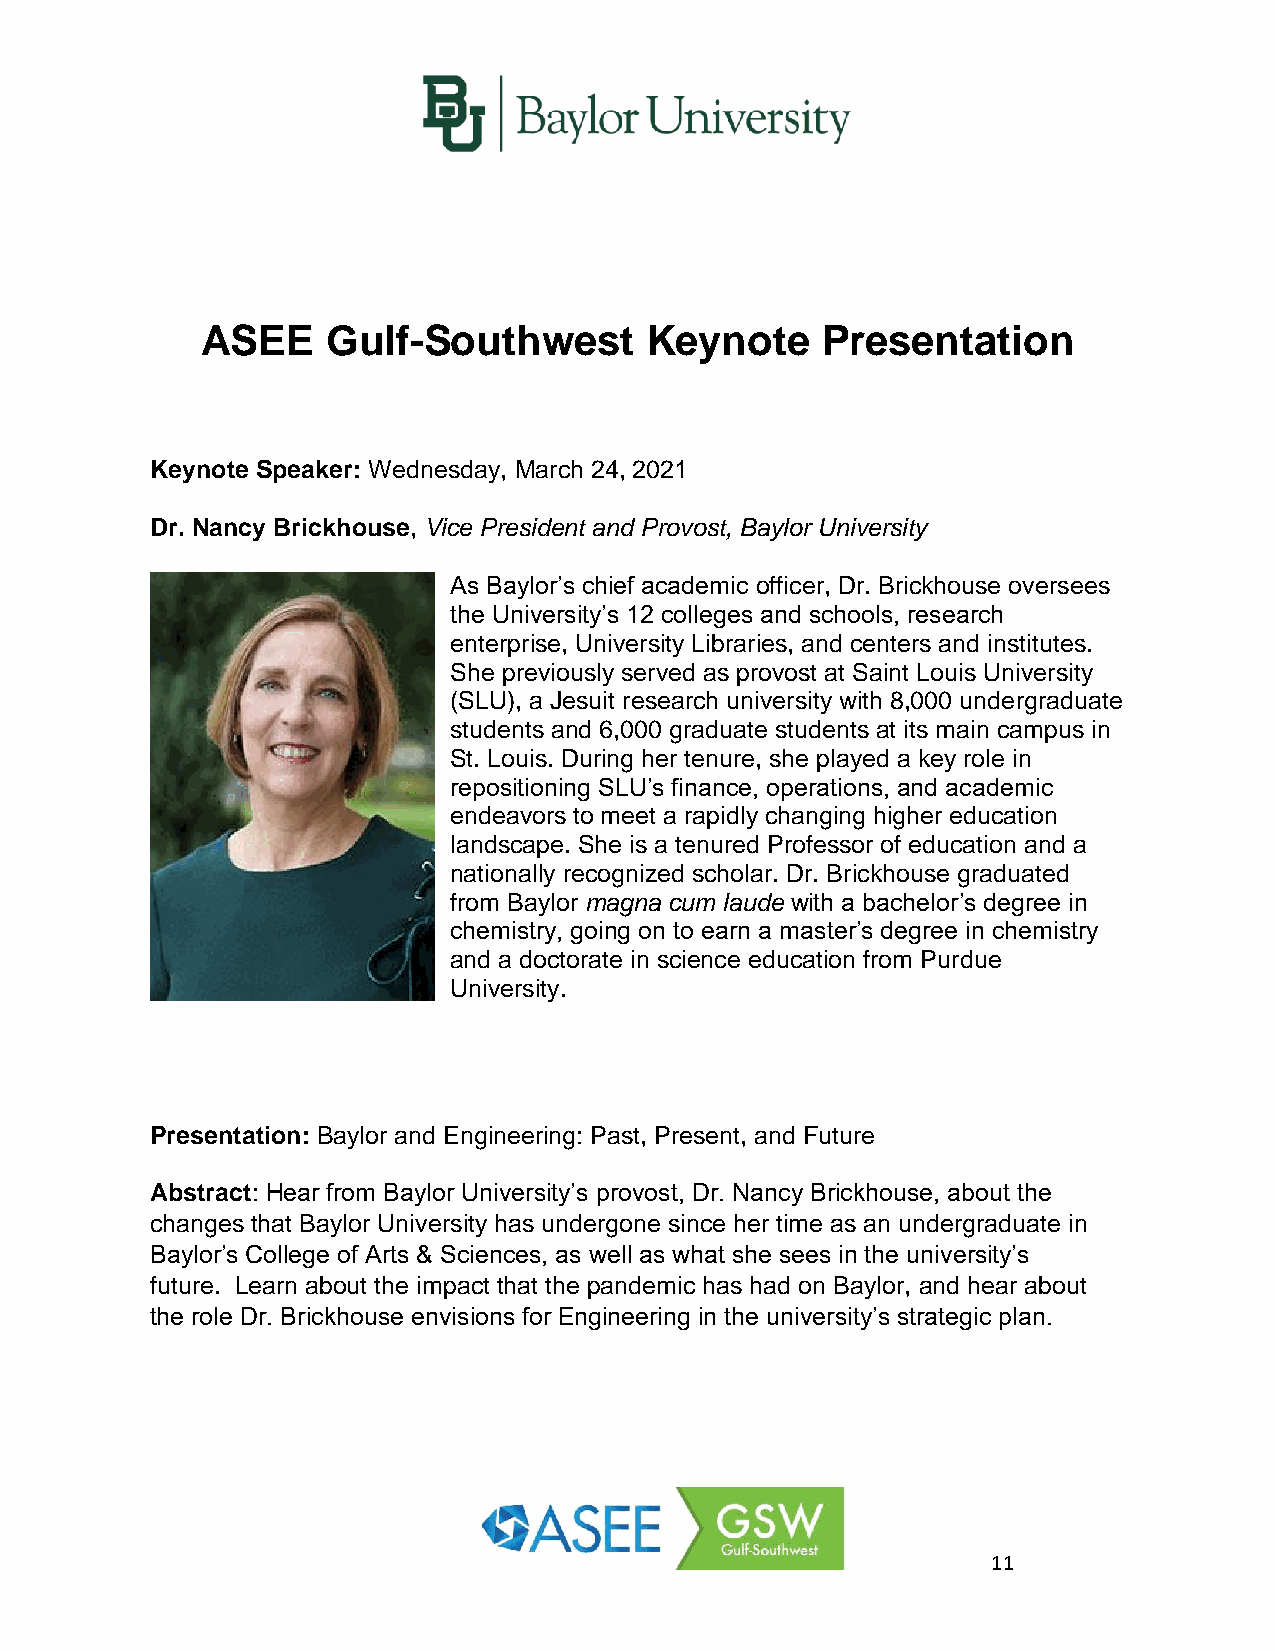
ASEE     Gulf-Southwest       Keynote    Presentation
 Keynote Speaker: Wednesday, March 24, 2021
 Dr. Nancy Brickhouse, Vice President and Provost, Baylor University
 As Baylor’s chief academic officer, Dr. Brickhouse oversees
 the University’s 12 colleges and schools, research
 enterprise, University Libraries, and centers and institutes.
 She previously served as provost at Saint Louis University
 (SLU), a Jesuit research university with 8,000 undergraduate
 students and 6,000 graduate students at its main campus in
 St. Louis. During her tenure, she played a key role in
 repositioning SLU’s finance, operations, and academic
 endeavors to meet a rapidly changing higher education
 landscape. She is a tenured Professor of education and a
 nationally recognized scholar. Dr. Brickhouse graduated
 from Baylor magna cum laude with a bachelor’s degree in
 chemistry, going on to earn a master’s degree in chemistry
 and a doctorate in science education from Purdue
 University.
 Presentation: Baylor and Engineering: Past, Present, and Future
 Abstract: Hear from Baylor University’s provost, Dr. Nancy Brickhouse, about the
 changes that Baylor University has undergone since her time as an undergraduate in
 Baylor’s College of Arts & Sciences, as well as what she sees in the university’s
 future. Learn about the impact that the pandemic has had on Baylor, and hear about
 the role Dr. Brickhouse envisions for Engineering in the university’s strategic plan.
 11